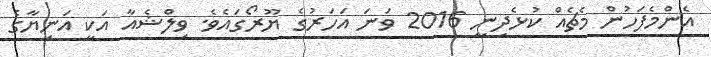
އެންމެފަހުން މެޗެއް ކުޅެދިނީ 2016 ވަނަ އަހަރުގެ ޔޫރޯގައެވެ. ވިލްޝެއާ އަކީ އަނިޔާގެ